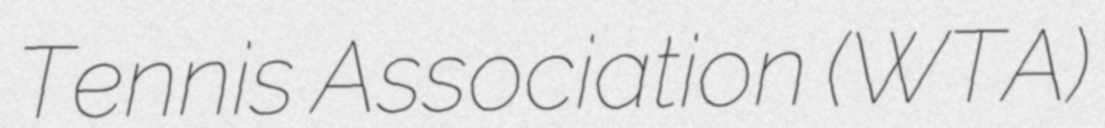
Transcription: Tennis Association (WTA)